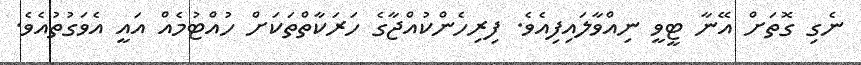
ނެގި ގޮތަށް އޭނާ ޓީވީ ނިއްވާލައިފިއެވެ. ފިރިހެންކުއްޖާގެ ހަރަކާތްތަކަށް ހުއްޓުމެއް އައީ އެވަގުތުއެވެ.